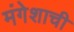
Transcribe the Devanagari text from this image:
मंगेशाची